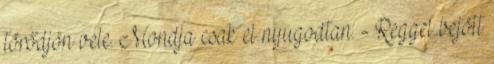
törődjön vele. Mondja csak el nyugodtan. - Reggel bejött